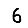
Digit: 6